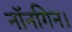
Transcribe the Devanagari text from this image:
नॉनगिन।